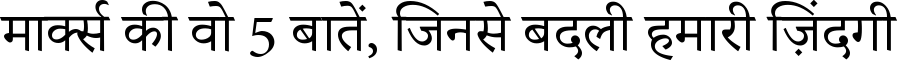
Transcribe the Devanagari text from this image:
मार्क्स की वो 5 बातें, जिनसे बदली हमारी ज़िंदगी